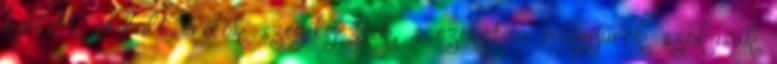
kellett, oldalt erdők szegélyezték, s ezeket a magyarok szokásuk